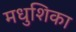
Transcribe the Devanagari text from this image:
मधुशिका